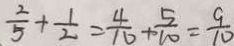
\frac { 2 } { 5 } + \frac { 1 } { 2 } = \frac { 4 } { 1 6 } + \frac { 5 } { 1 0 } = \frac { 9 } { 1 0 }